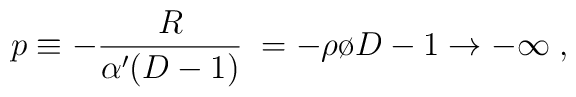
p \equiv -{R\over{\alpha' (D-1)}}\; = - { {\rho}\o  {D-1}}\to -\infty \; ,